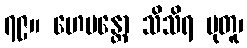
၇၉။ ဟေမန္တော သိသိရ မုတူ၊